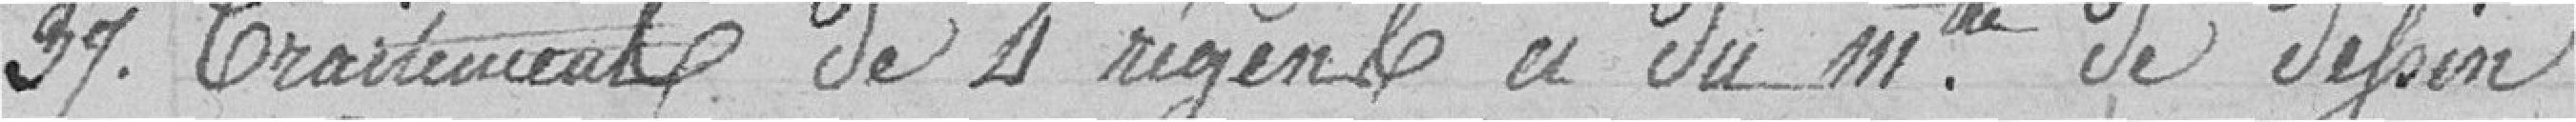
37. Traitement de 4 régents a du mte de Defoin